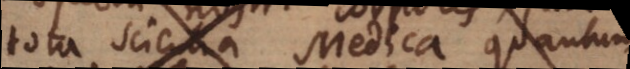
tota scientia Medica, quantum